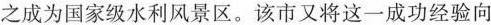
之成为国家级水利风景区。该市又将这一成功经验向